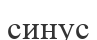
синус